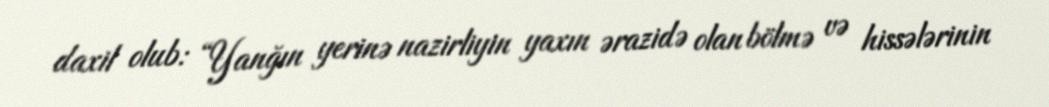
daxil olub: “Yanğın yerinə nazirliyin yaxın ərazidə olan bölmə və hissələrinin